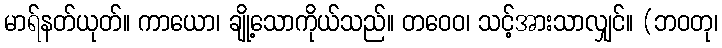
မာရ်နတ်ယုတ်။ ကာယော၊ ချို့သောကိုယ်သည်။ တဝေဝ၊ သင့်အားသာလျှင်။ (ဘဝတု၊